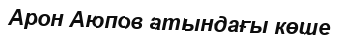
Арон Аюпов атындағы көше